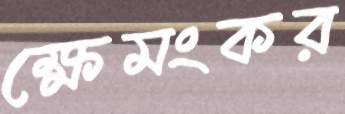
ক্ষেমংকর